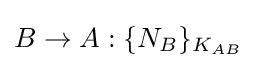
B\rightarrow A:\{N_{B}\}_{K_{AB}}